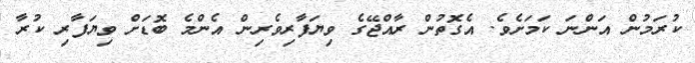
ކުރަމުން އަންނަ ކަމަށެވެ. އެގޮތުން ރާއްޖޭގެ ވިޔަފާރިވެރިން އެންމެ ބޮޑަށް ވިޔަފާރި ކުރާ